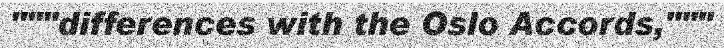
"""differences with the Oslo Accords,"""